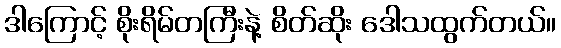
ဒါကြောင့် စိုးရိမ်တကြီးနဲ့ စိတ်ဆိုး ဒေါသထွက်တယ်။